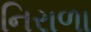
નિરાળા